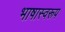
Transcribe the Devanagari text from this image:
भाषास्वरूप